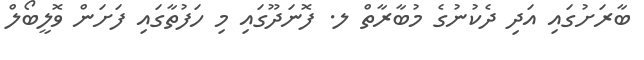
ބާރަށުގައި އަދި ދެކުނުގެ މުބާރާތް ލ. ފޮނަދޫގައި މި ހަފުތާގައި ފަށަން ވޮލީބޯލް